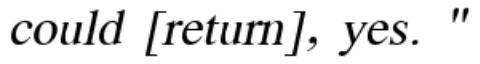
could [return], yes. "